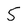
Character: 5